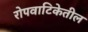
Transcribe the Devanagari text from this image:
रोपवाटिकेतील